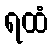
ရထံ